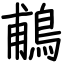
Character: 鵏